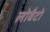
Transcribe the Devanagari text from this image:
लोवैटो